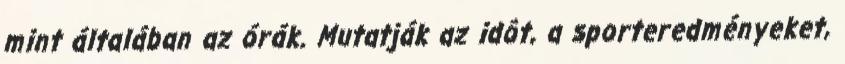
mint általában az órák. Mutatják az idôt, a sporteredményeket,